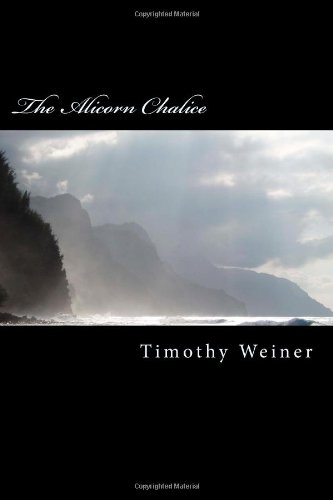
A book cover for The Alicorn Chalice; Timothy D. Weiner; Christian Books & Bibles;